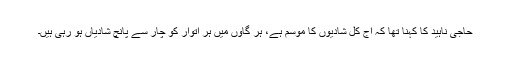
حاجی ناہید کا کہنا تھا کہ آج کل شادیوں کا موسم ہے، ہر گاؤں میں ہر اتوار کو چار سے پانچ شادیاں ہو رہی ہیں۔